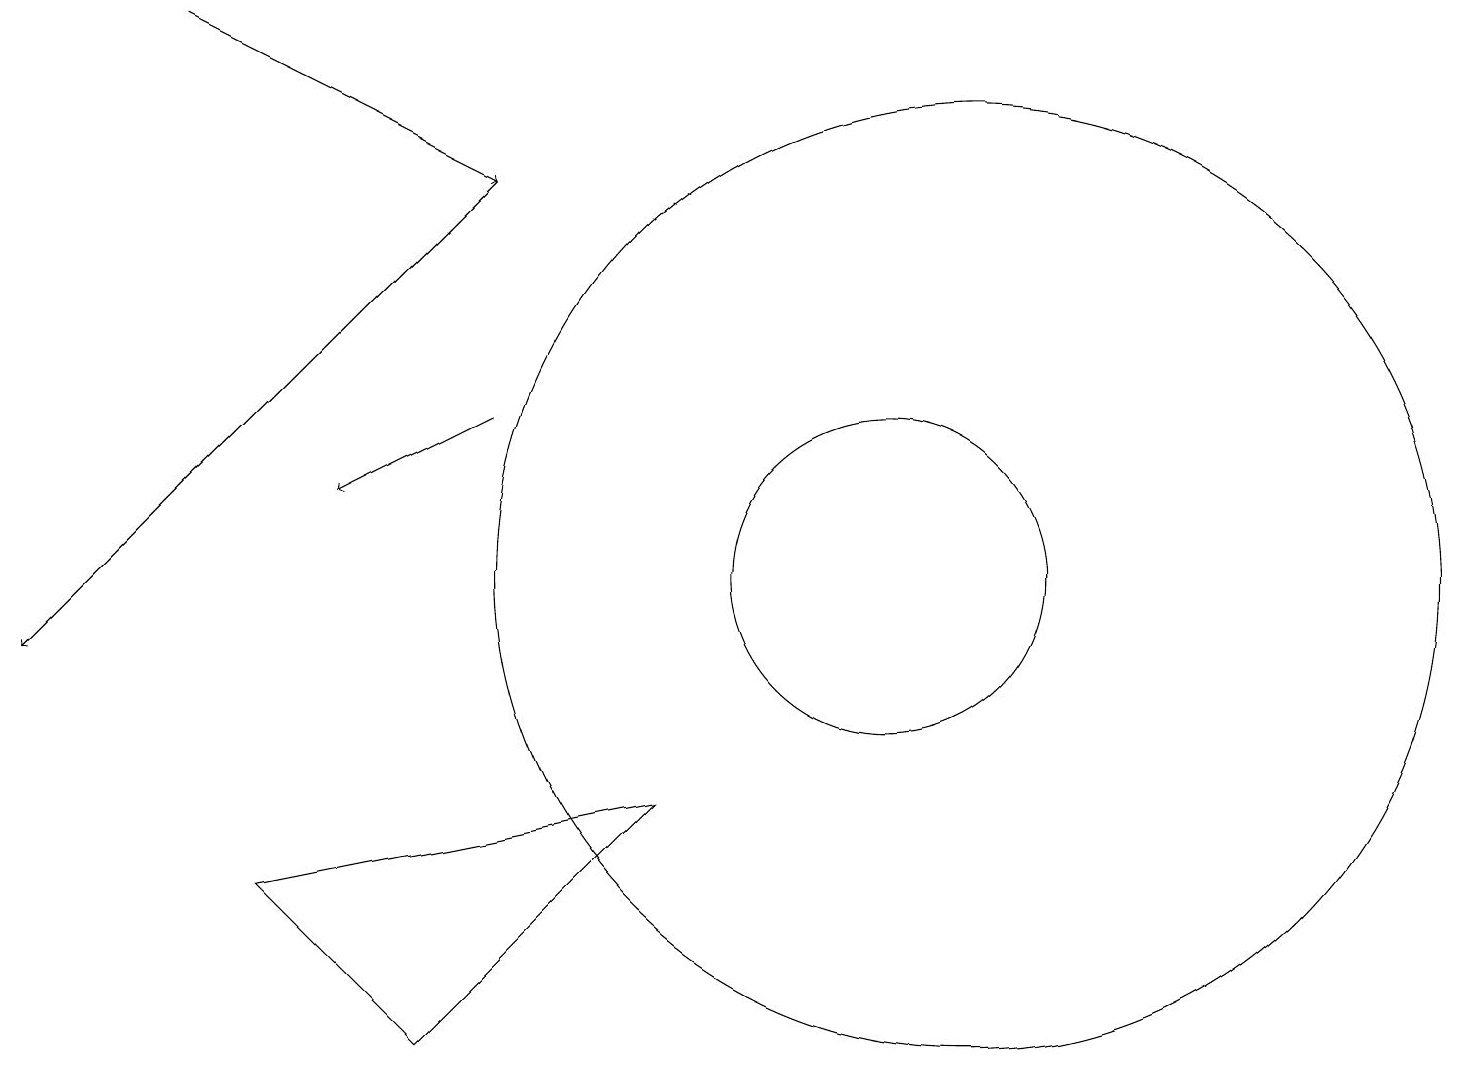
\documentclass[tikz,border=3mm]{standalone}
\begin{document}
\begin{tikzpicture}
\draw (11,11) circle (2);
\draw (12,11) circle (6);
\draw[->] (6,16) -- (0,10);
\draw[->] (6,13) -- (4,12);
\draw[->] (2,18) -- (6,16);
\draw (8,8) -- (3,7) -- (5,5) -- cycle;
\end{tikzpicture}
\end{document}